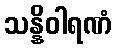
သန္နိဝါရဏံ